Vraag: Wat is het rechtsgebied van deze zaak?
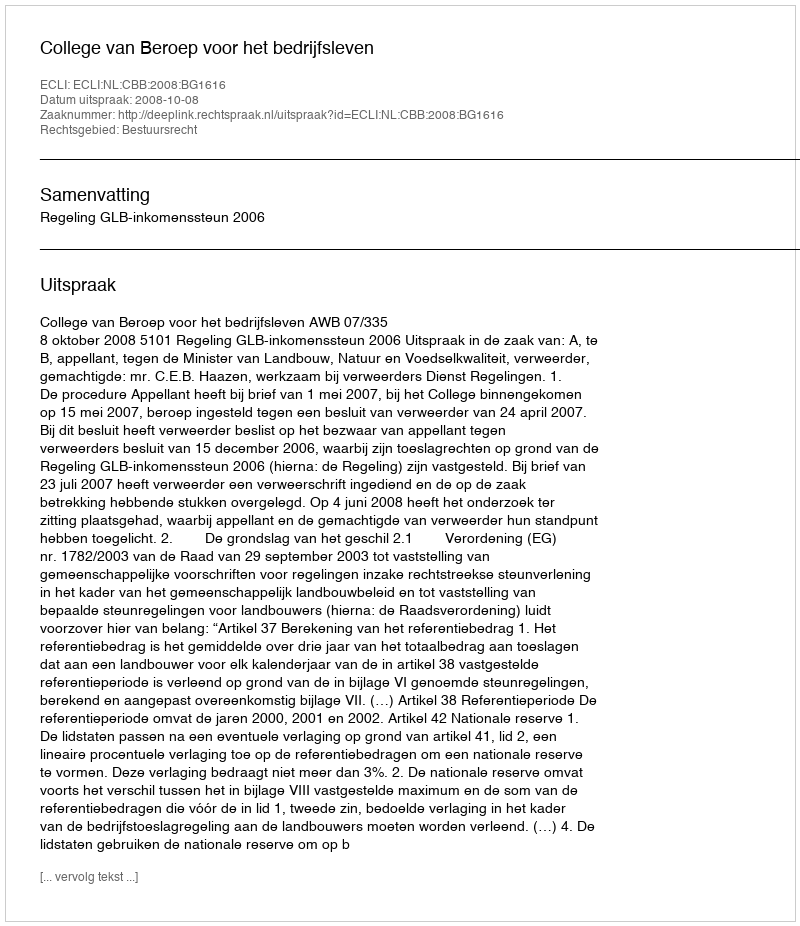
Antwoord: Bestuursrecht